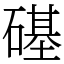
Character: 𥕛